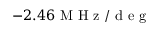
- 2 . 4 6 \mathrm { ~ M ~ H ~ z ~ / ~ d ~ e ~ g ~ }